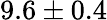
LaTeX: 9.6\pm 0.4